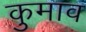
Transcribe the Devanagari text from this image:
कुमाव